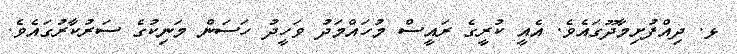
ޅ. ދިއްފުށިމާދޫގައެވެ. އެއީ ކުރީގެ ރައީސް މުހައްމަދު ވަހީދު ހަސަން މަނިކުގެ ސަރުކާރުގައެވެ.